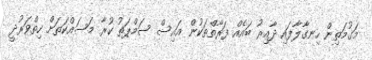
މަގުމަތިން ހިނގާލާފައި ދާއިރު ބައެއް ފަރާތްތަކުން އައިސް ސަމްޕަތު ކުރާ މަސައްކަތަށް ހިތްވަރުދީ